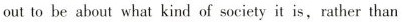
out to be about what kind of society it is,rather than